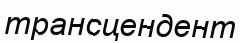
трансцендент